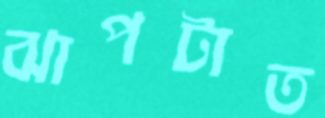
ঝাপটাত